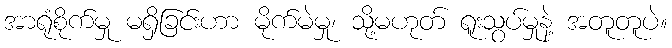
အာရုံစိုက်မှု မရှိခြင်းဟာ မိုက်မဲမှု၊ သို့မဟုတ် ရူးသွပ်မှုနဲ့ အတူတူပဲ။